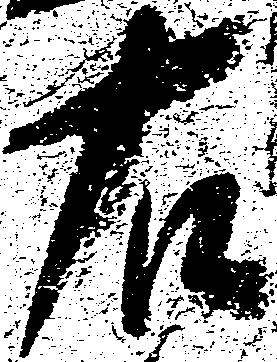
右